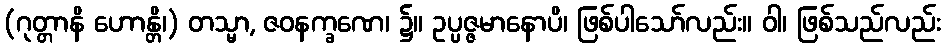
(ဂုတ္တာနိ ဟောန္တိ၊) တသ္မာ, ဇဝနက္ခဏေ၊ ၌။ ဥပ္ပဇ္ဇမာနောပိ၊ ဖြစ်ပါသော်လည်း။ ဝါ၊ ဖြစ်သည်လည်း